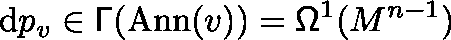
\mathrm { d } p _ { v } \in \mathsf { \Gamma } ( \mathrm { A n n } ( v ) ) = \mathsf { \Omega } ^ { 1 } ( M ^ { n - 1 } )